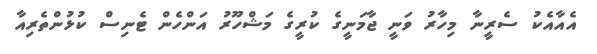
އެއާއެކު ސެރީނާ މިހާރު ވަނީ ޖާމަނީގެ ކުރީގެ މަޝްހޫރު އަންހެން ޓެނިސް ކުޅުންތެރިއާ